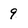
Character: 9